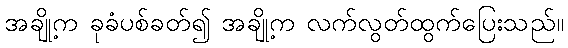
အချို့က ခုခံပစ်ခတ်၍ အချို့က လက်လွတ်ထွက်ပြေးသည်။